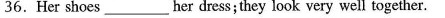
36.Her shoes_ her dress; they look very well together.